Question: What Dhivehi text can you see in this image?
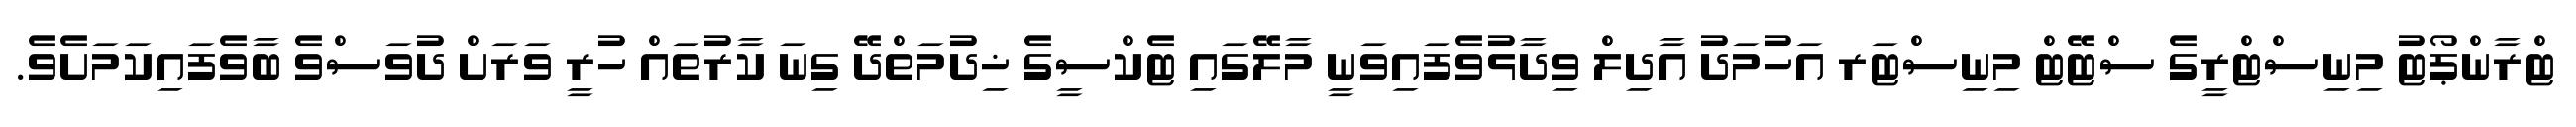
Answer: ޓްރާންޕޯޓު މިނިސްޓްރީގެ ސްޓޭޓް މިނިސްޓަރ އަހުމަދު އާދިލް ވިދާޅުވެފައިވަނީ މާލޭގައި ޓެކްސީގެ ޚިދުމަތްދޭ ގިނަ ކާރުތައް ހުރީ ވަރަށް ދުވަސްވެ ބާވެފައިކަމަށެވެ.